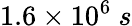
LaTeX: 1.6\times 10^{6}\ s